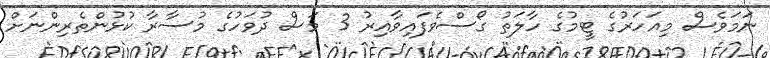
ނަމަވެސް މިއަހަރުގެ ޓީމުގެ ހާލަތު ގޯސްވެފައިވާއިރު 3 މަސް ދުވަހުގެ މުސާރާ ކުޅުންތެރިންނަށް